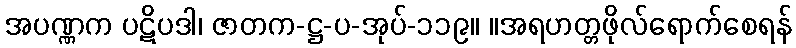
အပဏ္ဏက ပဋိပဒါ၊ ဇာတက-ဋ္ဌ-ပ-အုပ်-၁၁၉။ ။အရဟတ္တဖိုလ်ရောက်စေရန်